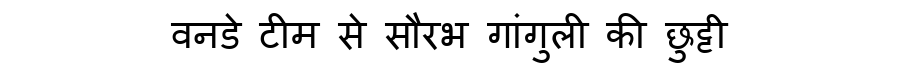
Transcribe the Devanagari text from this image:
वनडे टीम से सौरभ गांगुली की छुट्टी